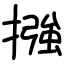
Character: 摾